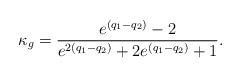
LaTeX: \begin{align*}\kappa_g=\frac{e^{(q_1-q_2)}-2}{e^{2(q_1-q_2)}+2e^{(q_1-q_2)}+1}.\end{align*}